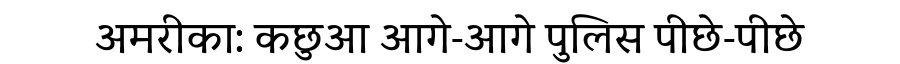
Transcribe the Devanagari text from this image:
अमरीका: कछुआ आगे-आगे पुलिस पीछे-पीछे